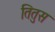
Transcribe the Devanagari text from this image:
तितुस